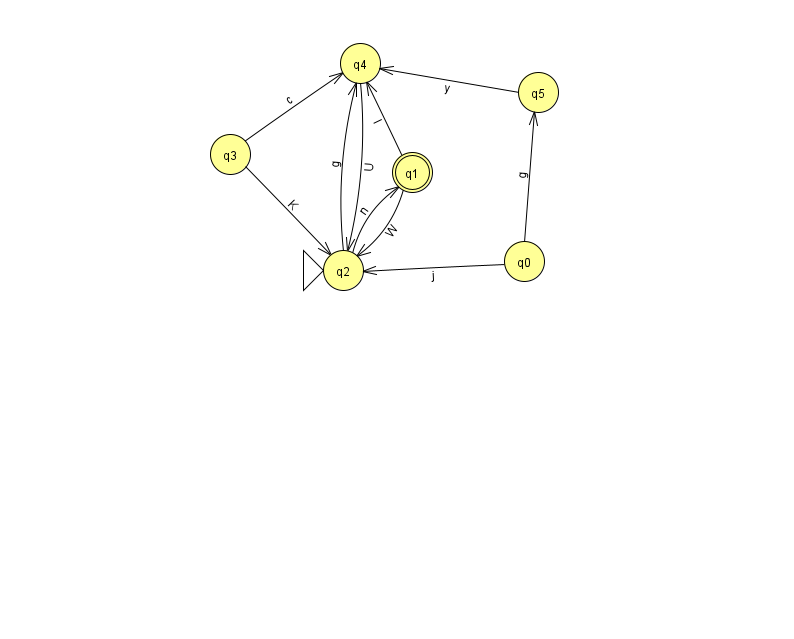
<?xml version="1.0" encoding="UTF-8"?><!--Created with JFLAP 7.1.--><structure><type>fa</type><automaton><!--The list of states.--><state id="0" name="q0"><x>524.0</x><y>248.0</y></state><state id="1" name="q1"><x>412.0</x><y>159.0</y><final/></state><state id="2" name="q2"><x>343.0</x><y>257.0</y><initial/></state><state id="3" name="q3"><x>230.0</x><y>141.0</y></state><state id="4" name="q4"><x>360.0</x><y>50.0</y></state><state id="5" name="q5"><x>538.0</x><y>79.0</y></state><!--The list of transitions.--><transition><from>3</from><to>4</to><read>c</read></transition><transition><from>0</from><to>5</to><read>g</read></transition><transition><from>1</from><to>2</to><read>W</read></transition><transition><from>2</from><to>4</to><read>g</read></transition><transition><from>4</from><to>2</to><read>U</read></transition><transition><from>0</from><to>2</to><read>j</read></transition><transition><from>3</from><to>2</to><read>K</read></transition><transition><from>5</from><to>4</to><read>y</read></transition><transition><from>1</from><to>4</to><read>l</read></transition><transition><from>2</from><to>1</to><read>n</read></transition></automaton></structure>